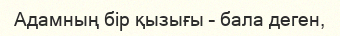
Адамның бір қызығы – бала деген,